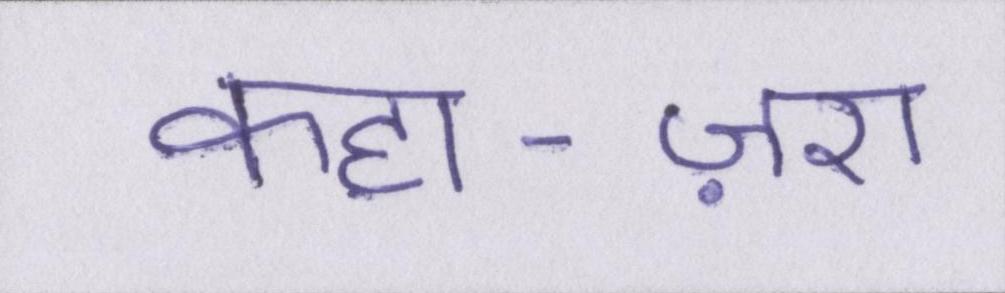
कहा-ज़रा